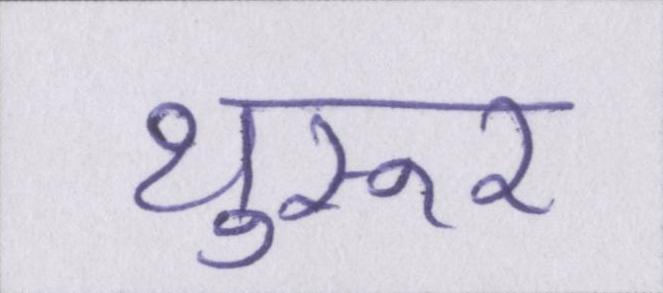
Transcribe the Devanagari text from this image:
थुरूर